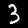
Digit: 3